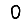
Digit: 0